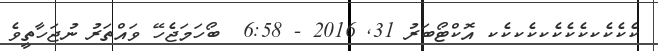
ކެކެކެކކެކެކެކކެކކެެކ އޮކްޓޯބަރު 31